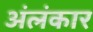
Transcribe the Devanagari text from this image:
अंलंकार